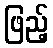
ဖြည့်